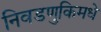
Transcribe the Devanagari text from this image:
निवडणुकिमधे